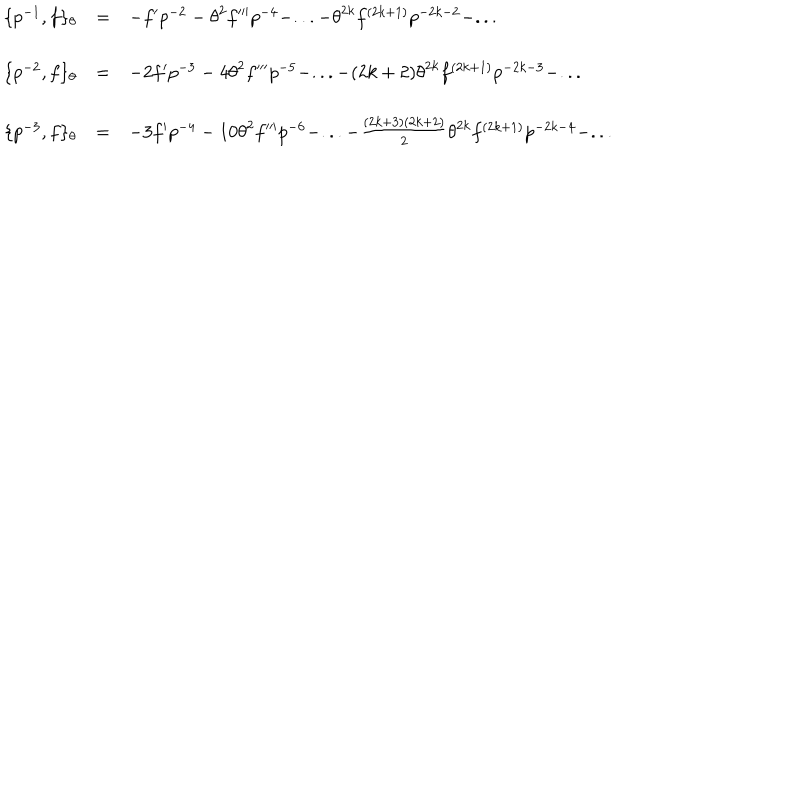
LaTeX: \begin{array} { l c l } { { \{ p ^ { - 1 } , f \} _ { \theta } } } & { { = } } & { { - f ^ { \prime } p ^ { - 2 } - { \theta } ^ { 2 } f ^ { \prime \prime \prime } p ^ { - 4 } - . . . - { \theta } ^ { 2 k } f ^ { ( 2 k + 1 ) } p ^ { - 2 k - 2 } - . . . } } \\ { { \{ p ^ { - 2 } , f \} _ { \theta } } } & { { = } } & { { - 2 f ^ { \prime } p ^ { - 3 } - 4 { \theta } ^ { 2 } f ^ { \prime \prime \prime } p ^ { - 5 } - . . . - ( 2 k + 2 ) { \theta } ^ { 2 k } f ^ { ( 2 k + 1 ) } p ^ { - 2 k - 3 } - . . . } } \\ { { \{ p ^ { - 3 } , f \} _ { \theta } } } & { { = } } & { { - 3 f ^ { \prime } p ^ { - 4 } - 1 0 { \theta } ^ { 2 } f ^ { \prime \prime \prime } p ^ { - 6 } - . . . - \frac { ( 2 k + 3 ) ( 2 k + 2 ) } { 2 } { \theta } ^ { 2 k } f ^ { ( 2 k + 1 ) } p ^ { - 2 k - 4 } - . . . } } \\ \end{array}